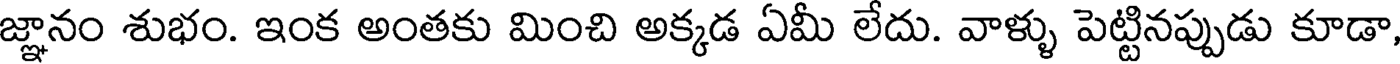
జ్ఞానం శుభం. ఇంక అంతకు మించి అక్కడ ఏమీ లేదు. వాళ్ళు పెట్టినప్పుడు కూడా